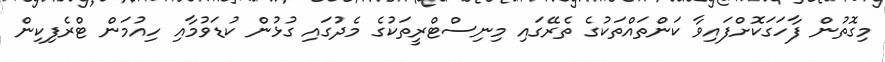
މިގޮތުން ފާހަގަކޮށްފައިވާ ކަންތައްތަކުގެ ތެރޭގައި މިނިސްޓްރީތަކުގެ މެދުގައި ގުޅުން ކުޑަވުމާއި ހިއުމަން ޓްރެފިކިން